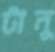
টানু